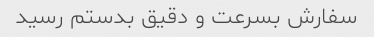
سفارش بسرعت و دقیق بدستم رسید